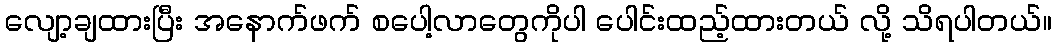
လျော့ချထားပြီး အနောက်ဖက် စပေါ့လာတွေကိုပါ ပေါင်းထည့်ထားတယ် လို့ သိရပါတယ်။